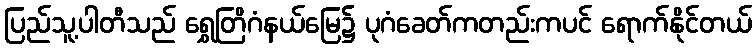
ပြည်သူ့ပါတီသည် ရွှေတြိဂံနယ်မြေ၌ ပုဂံခေတ်ကတည်းကပင် ရောက်နိုင်တယ်